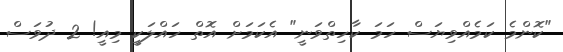
"ކޮންމެ ކަމެއްވިޔަސް ހަމަ ކާހިތްވަނީ" އެކަމަށް އޮތް ހައްލަކީ މިއީ! 2 ދުވަސް